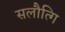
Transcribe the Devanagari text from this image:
सलौत्गि